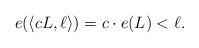
LaTeX: \begin{align*}e(\langle cL, \ell \rangle)= c\cdot e(L) < \ell.\end{align*}